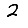
Digit: 2